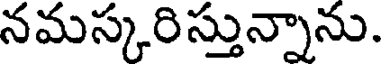
నమస్కరిస్తున్నాను.